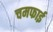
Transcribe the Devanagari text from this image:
चमफाई